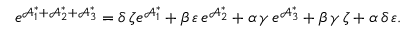
e ^ { \mathcal { A } _ { 1 } ^ { \ast } + \mathcal { A } _ { 2 } ^ { \ast } + \mathcal { A } _ { 3 } ^ { \ast } } = \delta \, \zeta e ^ { \mathcal { A } _ { 1 } ^ { \ast } } + \beta \, \varepsilon \, e ^ { \mathcal { A } _ { 2 } ^ { \ast } } + \alpha \, \gamma \, e ^ { \mathcal { A } _ { 3 } ^ { \ast } } + \beta \, \gamma \, \zeta + \alpha \, \delta \, \varepsilon .